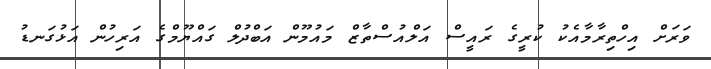
ވަރަށް އިހްތިރާމާއެކު ކުރީގެ ރައީސް އަލްއުސްތާޒް މައުމޫން އަބްދުލް ގައްޔޫމްގެ އަރިހުން އަޅުގަނޑު